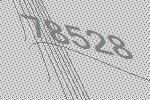
78528